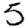
Digit: 5